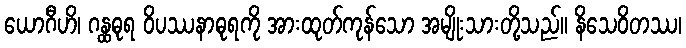
ယောဂီဟိ၊ ဂန္ထဓုရ ဝိပဿနာဓုရကို အားထုတ်ကုန်သော အမျိုးသားတို့သည်။ နိသေဝိတဿ၊